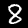
Digit: 8